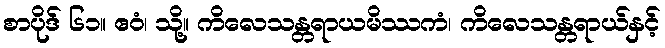
စာပိုဒ် ၆၁။ ဧဝံ၊ သို့။ ကိလေသန္တရာယမိဿကံ၊ ကိလေသန္တရာယ်နှင့်